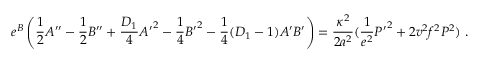
e ^ { B } \left( \frac { 1 } { 2 } A ^ { \prime \prime } - \frac { 1 } { 2 } B ^ { \prime \prime } + \frac { D _ { 1 } } { 4 } { A ^ { \prime } } ^ { 2 } - \frac { 1 } { 4 } { B ^ { \prime } } ^ { 2 } - \frac { 1 } { 4 } ( D _ { 1 } - 1 ) A ^ { \prime } B ^ { \prime } \right) = \frac { \kappa ^ { 2 } } { 2 a ^ { 2 } } ( \frac { 1 } { e ^ { 2 } } { P ^ { \prime } } ^ { 2 } + 2 v ^ { 2 } f ^ { 2 } P ^ { 2 } ) ~ .